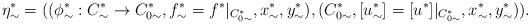
LaTeX: \begin{align*}\eta^*_\sim=((\phi^*_{\sim}:C^*_{\sim}\rightarrow C^*_{0\sim},f^*_\sim=f^*\vert_{C^*_{0\sim}},x^*_\sim,y^*_\sim),(C^*_{0\sim},[u^*_{\sim}]=[u^*]\vert_{C_{0\sim}^{*}},x^*_\sim,y^*_\sim)).\end{align*}